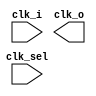
// This program was cloned from: https://github.com/chipsalliance/aib-phy-hardware
// License: Apache License 2.0

// SPDX-License-Identifier: Apache-2.0
// Copyright (C) 2019 Intel Corporation. 
//****************************************************************************************
// Copyright (C) 2011 Altera Corporation. 
//
//****************************************************************************************

//------------------------------------------------------------------------
// Description: standard 4:1 clock mux, built of three 2:1 muxes
//              clk_sel = 00, clk_o = clk_0 
//              clk_sel = 01, clk_o = clk_1 
//              clk_sel = 10, clk_o = clk_2 
//              clk_sel = 11, clk_o = clk_3 
//------------------------------------------------------------------------

module altr_hps_ckmux32to1
    (
    input  wire [31:0]       clk_i, 

    input  wire  [4:0]       clk_sel,   // clock selector
    output wire              clk_o      // clock out
     );


`ifdef ALTR_HPS_INTEL_MACROS_OFF

  reg clk_o_reg;

  always @*
  begin : clk_sel_mux
    case(clk_sel[4:0])
      5'b00000: clk_o_reg = clk_i[0];
      5'b00001: clk_o_reg = clk_i[1];
      5'b00010: clk_o_reg = clk_i[2];
      5'b00011: clk_o_reg = clk_i[3];
      5'b00100: clk_o_reg = clk_i[4];
      5'b00101: clk_o_reg = clk_i[5];
      5'b00110: clk_o_reg = clk_i[6];
      5'b00111: clk_o_reg = clk_i[7];
      5'b01000: clk_o_reg = clk_i[8];
      5'b01001: clk_o_reg = clk_i[9];
      5'b01010: clk_o_reg = clk_i[10];
      5'b01011: clk_o_reg = clk_i[11];
      5'b01100: clk_o_reg = clk_i[12];
      5'b01101: clk_o_reg = clk_i[13];
      5'b01110: clk_o_reg = clk_i[14];
      5'b01111: clk_o_reg = clk_i[15];
      5'b10000: clk_o_reg = clk_i[16];
      5'b10001: clk_o_reg = clk_i[17];
      5'b10010: clk_o_reg = clk_i[18];
      5'b10011: clk_o_reg = clk_i[19];
      5'b10100: clk_o_reg = clk_i[20];
      5'b10101: clk_o_reg = clk_i[21];
      5'b10110: clk_o_reg = clk_i[22];
      5'b10111: clk_o_reg = clk_i[23];
      5'b11000: clk_o_reg = clk_i[24];
      5'b11001: clk_o_reg = clk_i[25];
      5'b11010: clk_o_reg = clk_i[26];
      5'b11011: clk_o_reg = clk_i[27];
      5'b11100: clk_o_reg = clk_i[28];
      5'b11101: clk_o_reg = clk_i[29];
      5'b11110: clk_o_reg = clk_i[30];
      5'b11111: clk_o_reg = clk_i[31];
      default: clk_o_reg = 1'bx;
    endcase
  end

  assign clk_o = clk_o_reg;

`else

`endif

endmodule // altr_hps_ckmux32to1